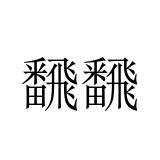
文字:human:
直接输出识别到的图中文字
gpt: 飜飜